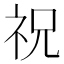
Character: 祝